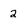
Character: 2